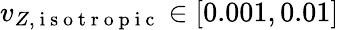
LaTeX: v_{Z,\mathrm{~i~s~o~t~r~o~p~i~c~}}\in[0.001,0.01]